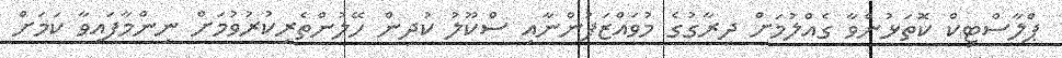
ޕްލާސްޓިކް ކޮތަޅުންވާ ގެއްލުމަށް ދިރާގުގެ މުވައްޒަފުންނާއި ސްކޫލު ކުދިން ހޭލުންތެރިކުރުވުމަށް ނިންމާފައިވާ ކަމަށް